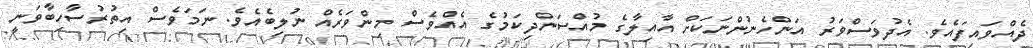
ދެއްވައިފައެވެ. އެދުވަސްވަރު އަންހެނުންނަކަށް އާއިލާގެ މުއްސަންދިކަމުގެ އެއްވެސް މިންވަރެއް ނުލިބެއެވެ. ނަމަވެސް އިތުރުސާހިބާވަނީ